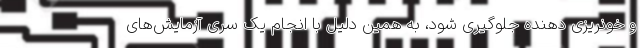
و خونریزی دهنده جلوگیری شود، به همین دلیل با انجام یک سری آزمایش‌های